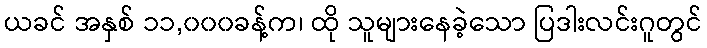
ယခင် အနှစ် ၁၁,၀၀၀ခန့်က၊ ထို သူများနေခဲ့သော ပြဒါးလင်းဂူတွင်